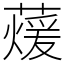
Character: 蕿